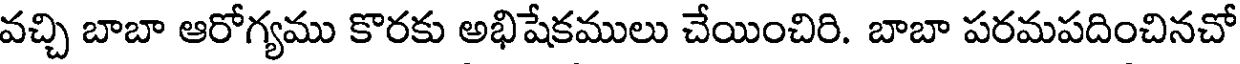
వచ్చి బాబా ఆరోగ్యము కొరకు అభిషేకములు చేయించిరి. బాబా పరమపదించినచో